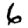
Digit: 6